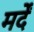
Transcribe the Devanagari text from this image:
मर्दें